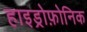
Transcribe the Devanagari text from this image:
हाइड्रोफ़ोनिक